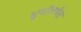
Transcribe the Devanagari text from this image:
भूगोलवेता